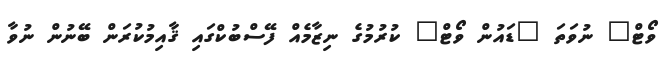
ވޯޓް" ނުވަތަ "ޑައުން ވޯޓް" ކުރުމުގެ ނިޒާމެއް ފޭސްބުކްގައި ޤާއިމުކުރަން ބޭނުން ނުވާ